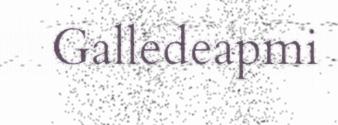
Galledeapmi